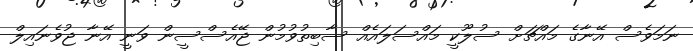
ނަމަވެސް އޭނާގެ މައްޗަށް ސުލޫކީ މައްސަލައެއް ސާބިތުވުމުން ޖޭއެސްސީން ވަނީ އޭނާ ޖުވެނައިލް